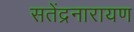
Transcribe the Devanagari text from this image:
सतेंद्रनारायण